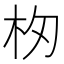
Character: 𣏯